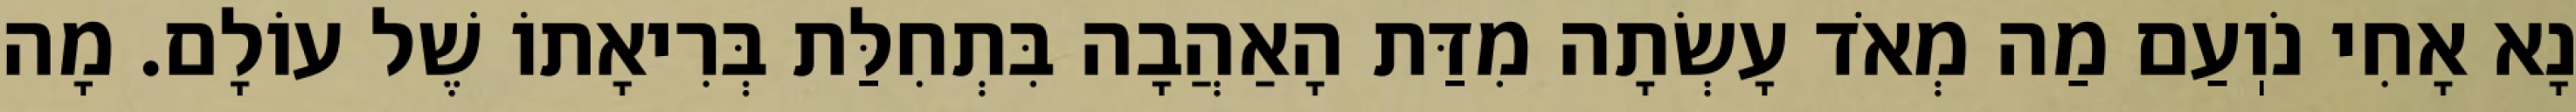
נָא אָחִי נֹוֽעַם מַה מְאֹד עָשְׂתָה מִדַּת הָאַהֲבָה בִּתְחִלַּת בְּרִיאָתוֹ שֶׁל עוֹלָם. מָה